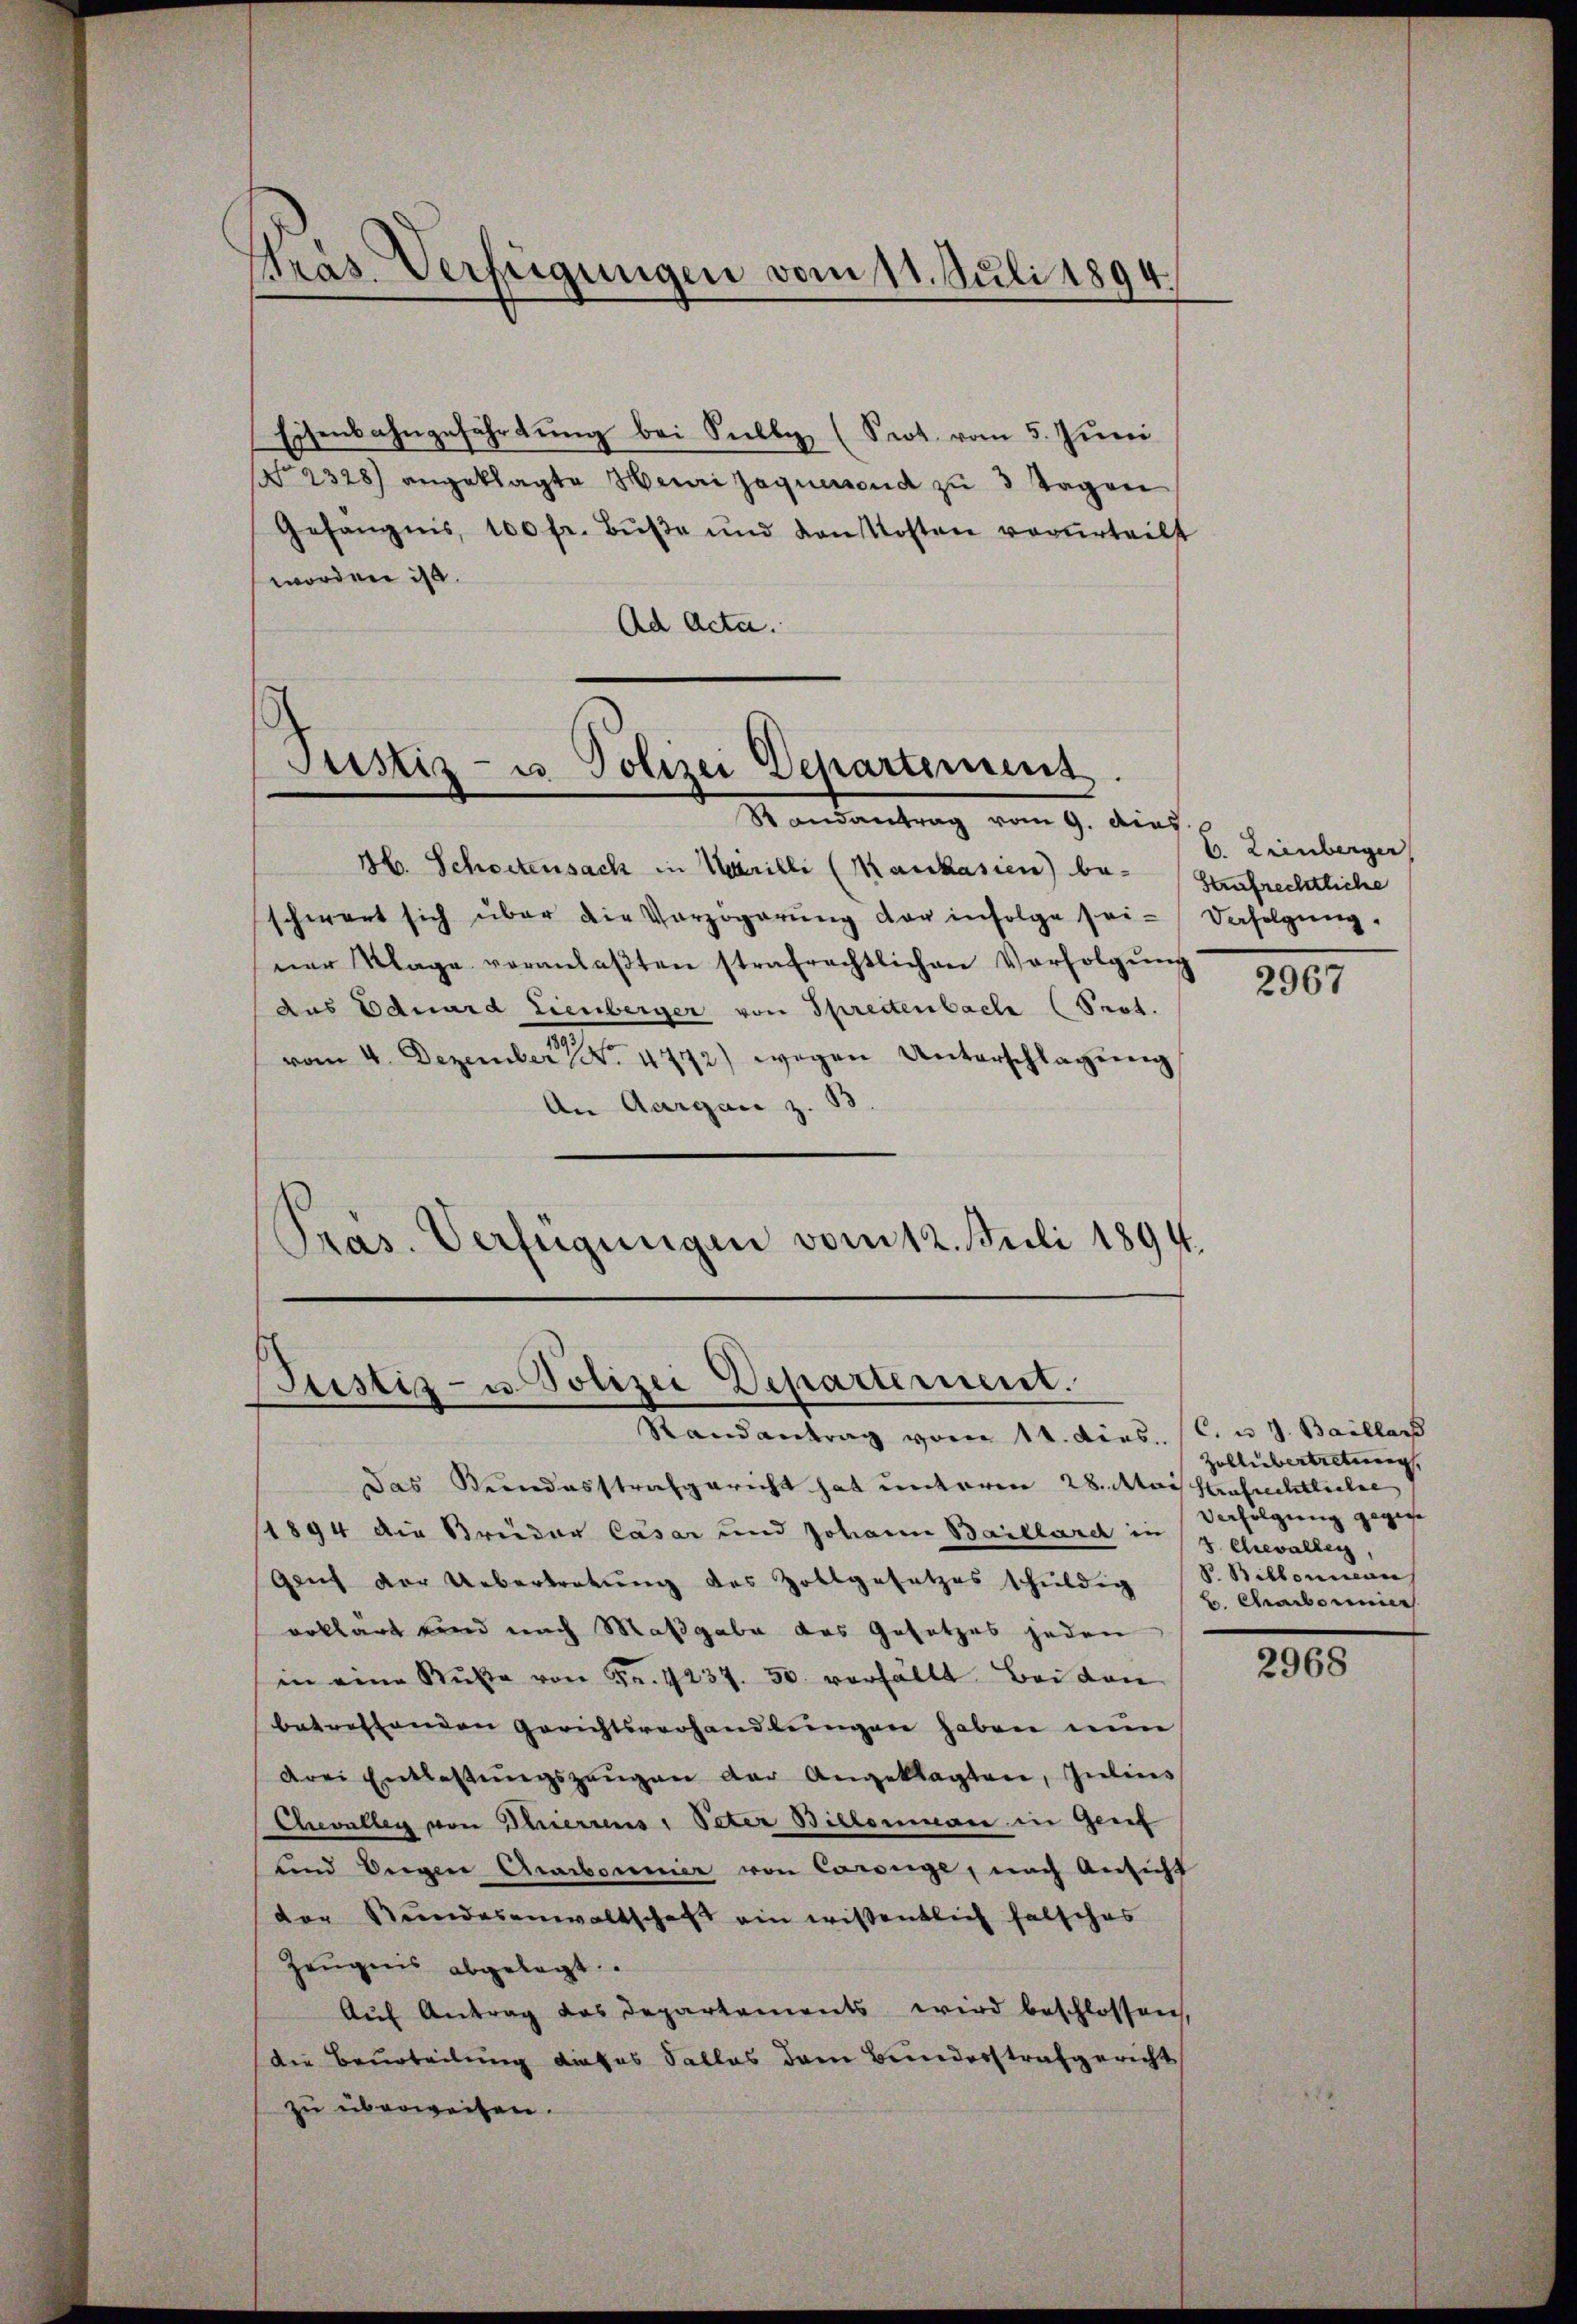
Präs. Verfügungen vom 11. Juli 1894.

Eisenbahngefährtung bei Sully, (Prot. vom 5. Juni
 2328) angeklagte Henri Jaquersend zu 3 Tagen
Gefängnis, 100 fr. Buße und den Kosten verurteilt
worden ist.
Ad Acta.

Justiz- u. Polizei Departement.
Randantrag vom 9. dies

H. Schoctensack in Marieli (Maukasien) be- saufrechtliche
schwert sich über die Verzögerŭng der infolge sei-Verfolgŭng.
ner Klage veranlaβten strafrechtlichen Verfolgŭng
aas Eduard Lienberger von Sprectenbach (Prot.
vom 4. Dezember No. 4772) wegen Unterschlagung
An Aargau z. B.
Pras. Verfügungen vom 12. Juli 1894.

Justiz- u. Polizei Departement.
Randantrag vom 14. dies. (C. u. J. Baillars

Das Kundesstrafgericht hat unteren 28. Maistrafmittlichel
1894 die Breider Casar und Johann Baillard in (3 Chevalleg,
Gauf der Uebertretung des Zollgesetzes schuldig
erklärt und nach Maßgabe das Gesetzes jeden
in eine Bŭβe von Fr. 1237. 50. verfällt. Bei den
betreffenden Gerichtsverhandlungen haben nun
drei Entlassŭngszeŭgen der Angeklagten, Inlins
Chevalleg von Thierrens, Peter Billenman in Genf
und Vergen Carbonner von Carouge, nach Ansicht
der Stundesanwaltschaft ein wissentlich falsches
Zeugnis abgelegt.
Aŭf Antrag das Departements wird beschlossen,
Die Beurteilung dieses Sallas dem Bunderstrafgericht
zu überweisen.

C. Weinberger

2967

Zohlübertretung,
Verfolgung gegene
P. Billonian
H. Carbornier

2968